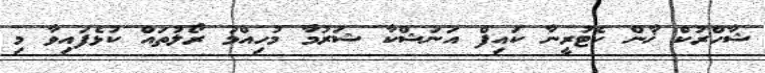
ޝާހްރުކް ޚާން ކެޓުރީނާ ކައިފް އަނުޝްކާ ޝަރުމާ މުހިއްމު ރޯލުތައް ކުޅެފައިވާ މި